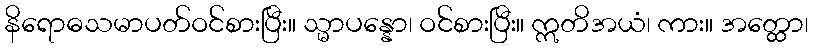
နိရောဓသမာပတ်ဝင်စားပြီး။ သ္မာပန္နော၊ ဝင်စားပြီး။ ဣတိအယံ၊ ကား။ အတ္ထော၊